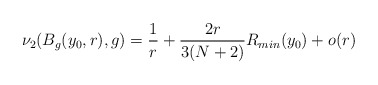
\begin{align*} \nu_2(B_g(y_0,r),g) =\frac{1}{r}+\frac{2r}{3(N+2)}R_{min}(y_0)+o(r) \end{align*}